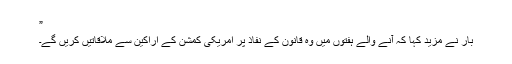
”
بار نے مزید کہا کہ آنے والے ہفتوں میں وہ قانون کے نفاذ پر امریکی کمشن کے اراکین سے ملاقاتیں کریں گے۔